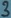
Text: 3